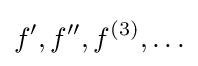
f',f'',f^{(3)},\ldots